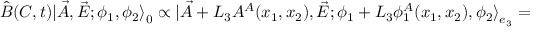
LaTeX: \hat { B } ( C , t ) | \vec { A } , \vec { E } ; \phi _ { 1 } , \phi _ { 2 } { \rangle } _ { 0 } \propto | \vec { A } + L _ { 3 } A ^ { A } ( x _ { 1 } , x _ { 2 } ) , \vec { E } ; \phi _ { 1 } + L _ { 3 } \phi _ { 1 } ^ { A } ( x _ { 1 } , x _ { 2 } ) , \phi _ { 2 } { \rangle } _ { e _ { 3 } } =